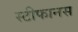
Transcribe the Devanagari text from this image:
स्टीफानस